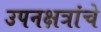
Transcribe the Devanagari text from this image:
उपनक्षत्रांचे